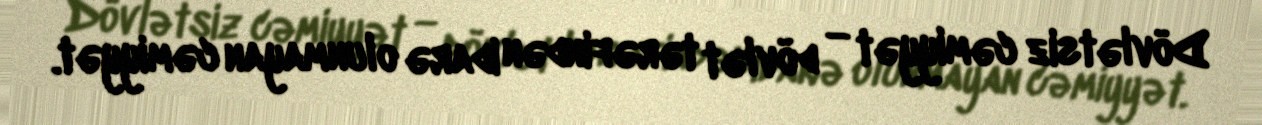
Dövlətsiz cəmiyyət — dövlət tərəfindən idarə olunmayan cəmiyyət.